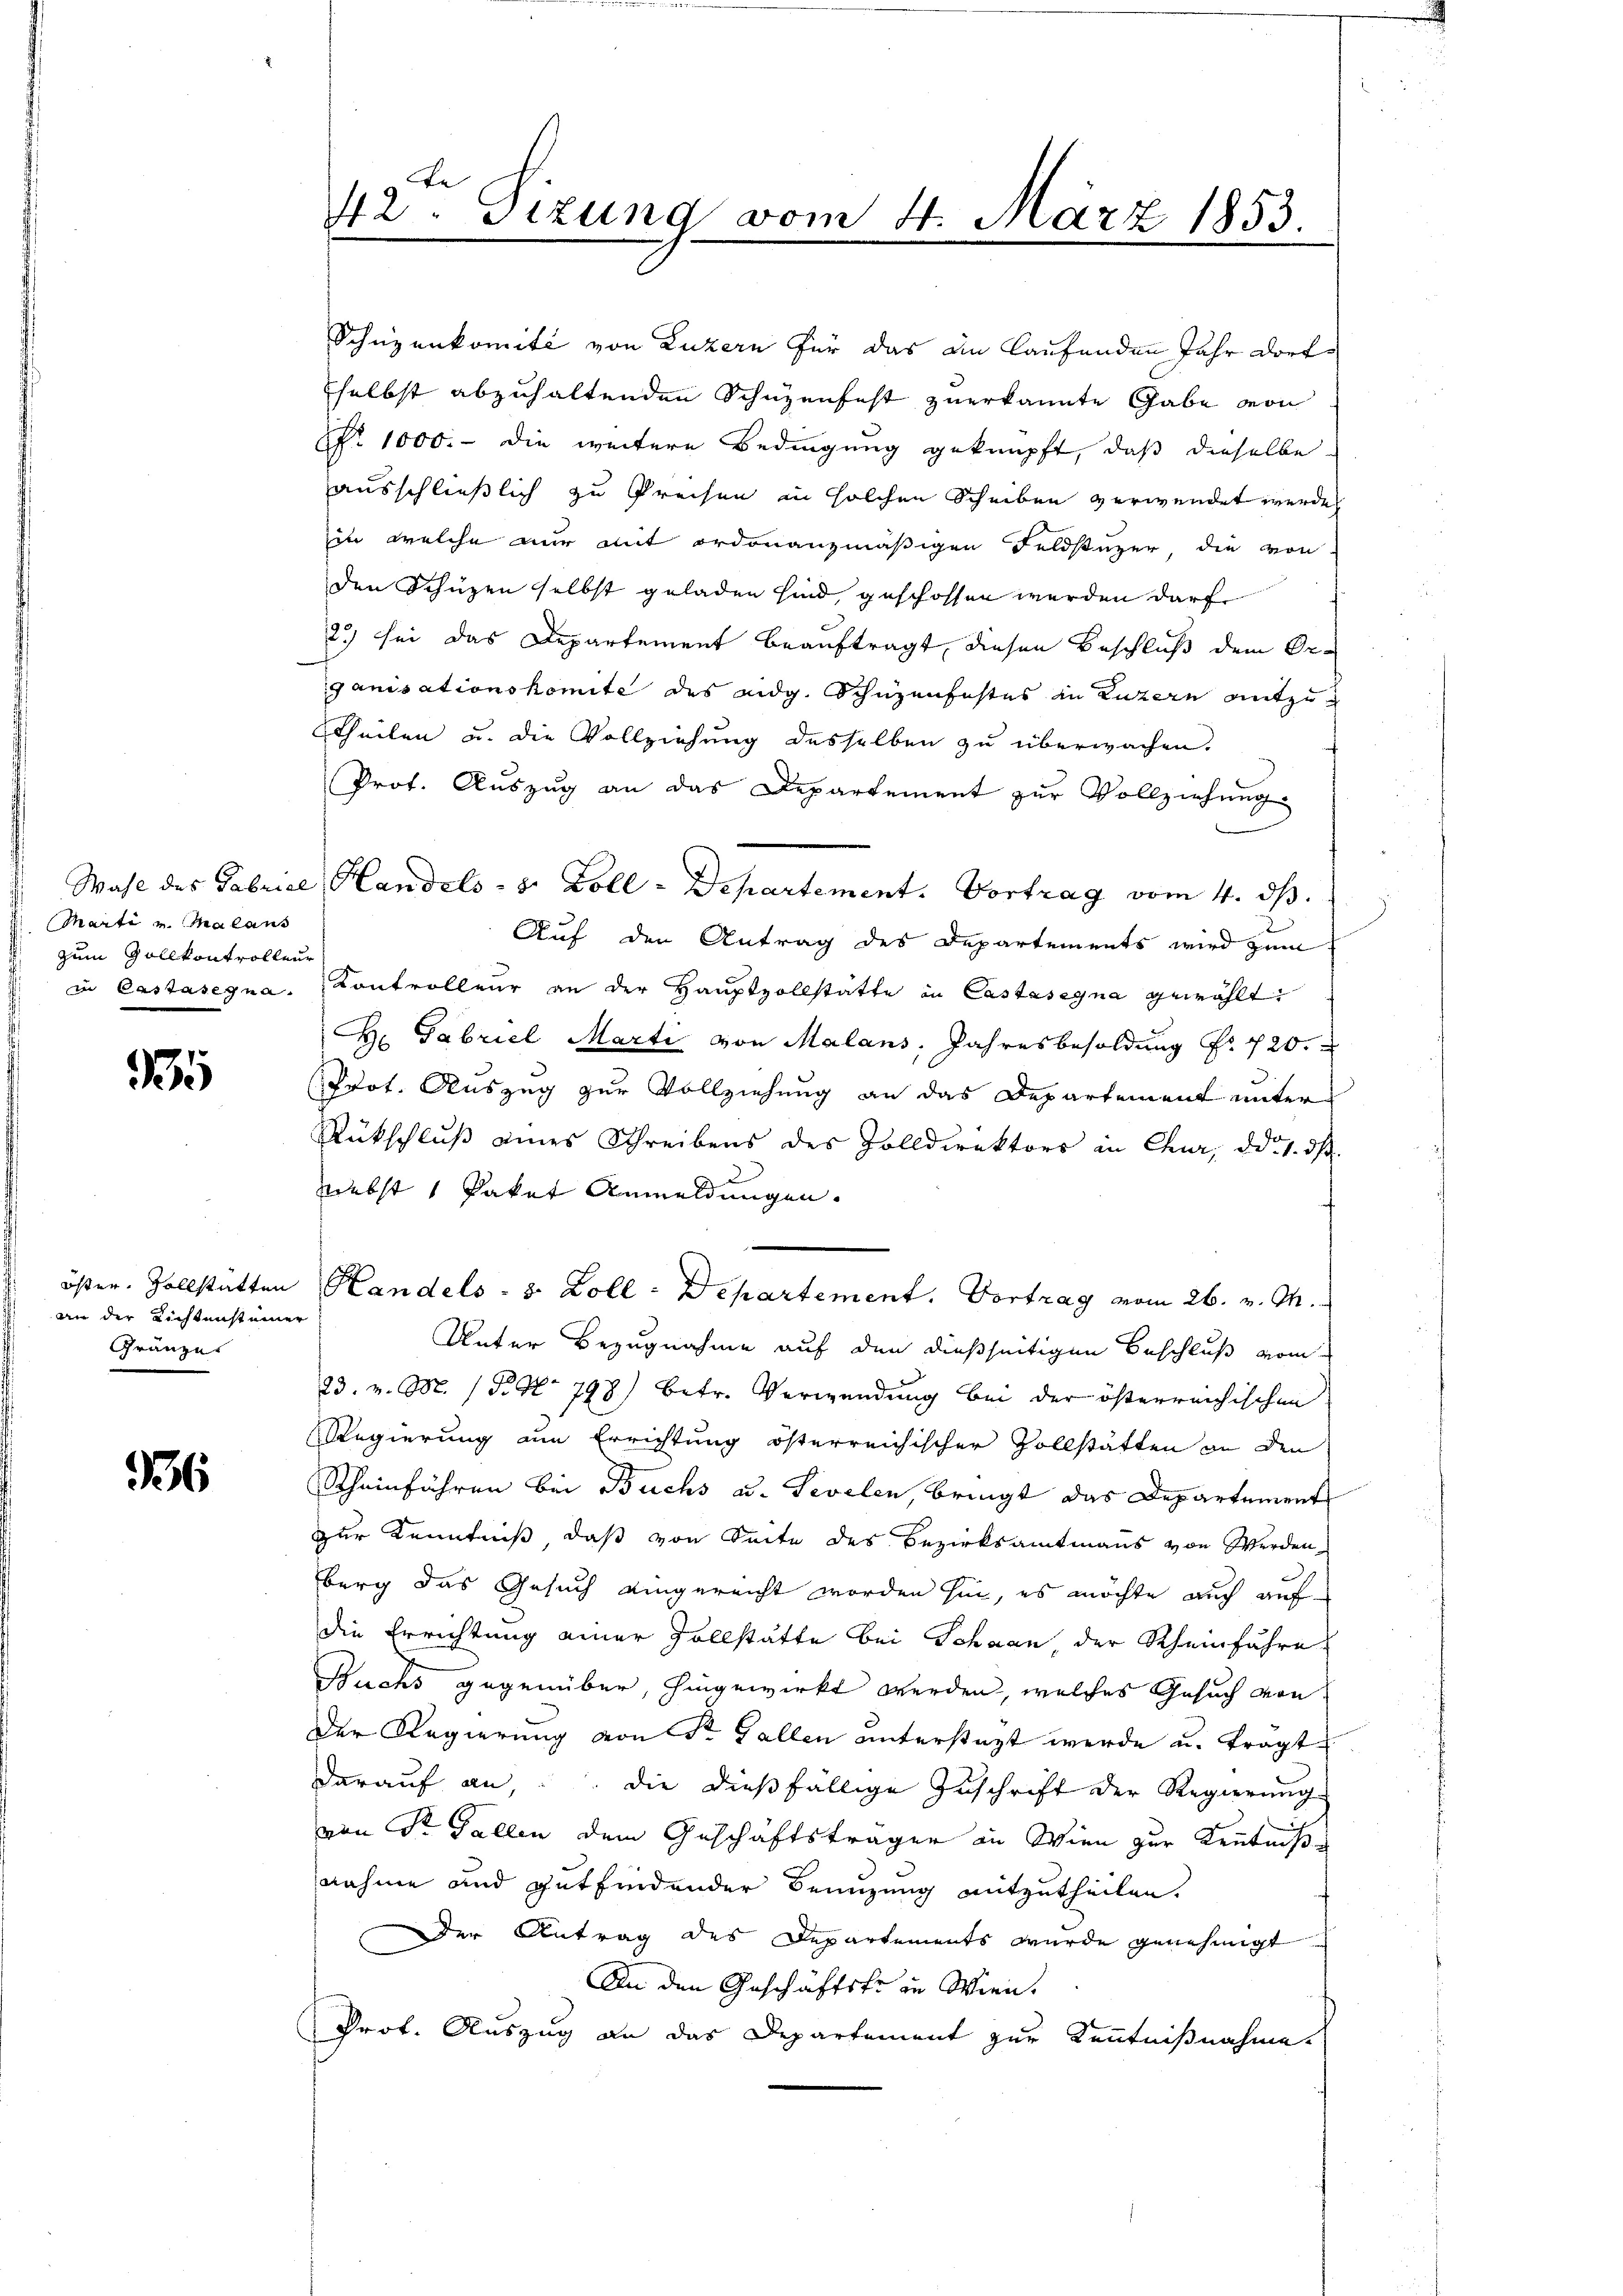
Wahl des Gabriel
Marti u. Malans
zum Zollkontrollen
in Castasigna

335

öster, Vollstatten
an der Lichtensteiner
Gränze

336

Be
42. Sizung vom 4. März 1853.

ganisationskomite des eidg. Schüzenfestes in Luzern mitzu¬
Theilen u. die Vollziehung desselben zu überwachen.
Prot. Auszug an das Departement zur Vollziehung
d
Handels- & Zoll-Departement. Vortrag vom 4. ds.
Auf den Antrag des Departements wird zum
Kontrolleur an der Hauptvollstätte in Castasegna gewählt
. Gabriel Marti von Malans, Jahresbesoldung Nr. 720.
Prot. Auszug zur Vollziehung an das Departement unter
Rückschluß eines Schreibens des Zolldirektors in Chur, d. 1. ds.
niebst 1 Paket Anmeldungen.
Handels- & Zoll - Departement. Vortrag vom 26. v. M.
Unter Bezugnahme auf den dießseitigen Beschluß vom
23. v. M. P. Nr. 798) betr. Verwendung bei der österreichischen
Regierung am Errichtung österreichischer Vollstätten an den
Scheinführen bei Buchs u. Sevelen, bringt das Departement
zur Kenntniß, daß von Seite des Bezirksamtmanns von Werden
berg das Gesuch eingereicht worden hin, es möchte auch auf
die Errichtung einer Zollstätte bei Schaan der Rheinfahre
Buchs gegenüber, hingewirkt werden, welches Gesuch von
Der Regierung von Sr. Gallen unterstüzt werde u. tragt
darauf an, die dießfällige Zuschrift der Regierung
von Sr. Gallen dem Geschäftsträger in Wien zur Kenntniß
nahme und gutfindender Benuzung mitzutheilen.
Der Antrag des Departements wurde genehmigt
An den Geschäftste in Wien.
Prof. Auszug an das Departement zur Kenntnißnahme.

Schüzenkomité von Luzern für das an laufenden Jahr dortselbst abzuhaltenden Schüzenfest zuerkannte Gabe von
No 1000. - die weitere Bedingung geknüpft, daß dieselbe
ausschließlich zu Preisen in solchen Scheiben verwendet werden
in welche nur mit ordonanzmäßigen Feldstüzer, die von
den Schüzen selbst geladen sind, geschossen werden darf
2) sei das Departement beauftragt, diesen Beschluß dem Or-